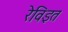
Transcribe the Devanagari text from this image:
रेविइत